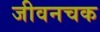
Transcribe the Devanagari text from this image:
जीवनचक